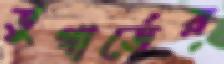
ডুগার্ডের